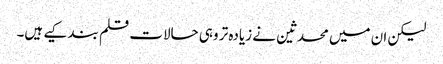
لیکن ان میں محدثین نے زیادہ تر وہی حالات قلم بند کیے ہیں۔